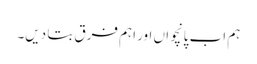
ہم اب پانچواں اور اہم فرق بتا دیں۔